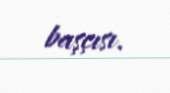
başçısı.